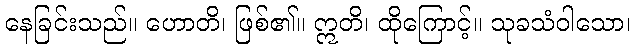
နေခြင်းသည်။ ဟောတိ၊ ဖြစ်၏။ ဣတိ၊ ထိုကြောင့်။ သုခသံဝါသော၊